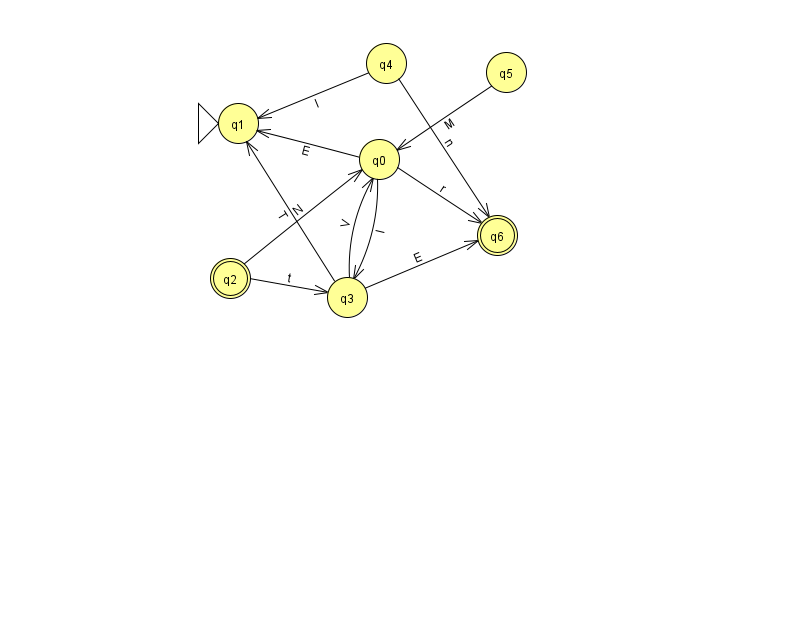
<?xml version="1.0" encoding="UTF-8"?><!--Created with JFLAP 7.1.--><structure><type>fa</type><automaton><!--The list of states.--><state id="0" name="q0"><x>379.0</x><y>146.0</y></state><state id="1" name="q1"><x>238.0</x><y>110.0</y><initial/></state><state id="2" name="q2"><x>230.0</x><y>265.0</y><final/></state><state id="3" name="q3"><x>347.0</x><y>284.0</y></state><state id="4" name="q4"><x>386.0</x><y>50.0</y></state><state id="5" name="q5"><x>506.0</x><y>59.0</y></state><state id="6" name="q6"><x>497.0</x><y>222.0</y><final/></state><!--The list of transitions.--><transition><from>0</from><to>1</to><read>E</read></transition><transition><from>4</from><to>6</to><read>n</read></transition><transition><from>0</from><to>3</to><read>I</read></transition><transition><from>5</from><to>0</to><read>M</read></transition><transition><from>3</from><to>6</to><read>E</read></transition><transition><from>0</from><to>6</to><read>r</read></transition><transition><from>2</from><to>3</to><read>t</read></transition><transition><from>3</from><to>1</to><read>T</read></transition><transition><from>2</from><to>0</to><read>N</read></transition><transition><from>3</from><to>0</to><read>V</read></transition><transition><from>4</from><to>1</to><read>l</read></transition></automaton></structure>